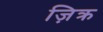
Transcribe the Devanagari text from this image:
ज़िक्र